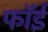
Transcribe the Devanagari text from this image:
फॉई